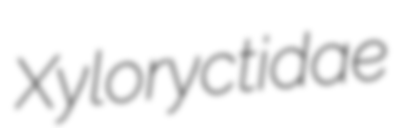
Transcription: Xyloryctidae